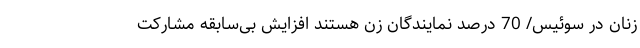
زنان در سوئیس/ 70 درصد نمایندگان زن هستند افزایش بی‌سابقه مشارکت